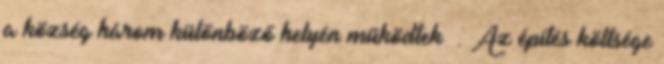
a község három különböző helyén működtek . Az építés költsége